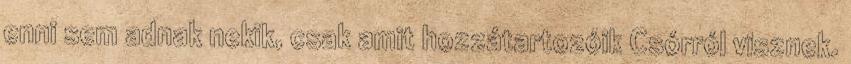
enni sem adnak nekik, csak amit hozzátartozóik Csórról visznek.